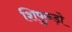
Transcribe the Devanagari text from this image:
शिफुन्ड़ो